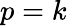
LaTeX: p=k